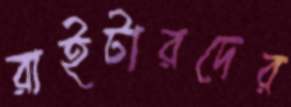
রাইটারদের